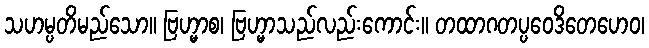
သဟမ္ပတိမည်သော။ ဗြဟ္မာစ၊ ဗြဟ္မာသည်လည်းကောင်း။ တထာဂတပ္ပဝေဒိတေဟေဝ၊